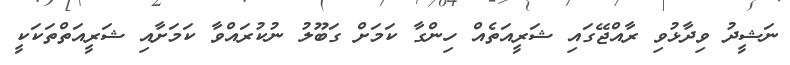
ނަޝީދު ވިދާޅުވި ރާއްޖޭގައި ޝަރީއަތެއް ހިންގާ ކަމަށް ގަބޫލު ނުކުރައްވާ ކަމަށާއި ޝަރީއަތްތަކަކީ